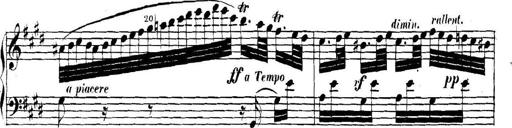
Title: Collected Piano Sonatas
Composer: Muzio Clementi